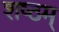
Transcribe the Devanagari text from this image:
शष्ठम्